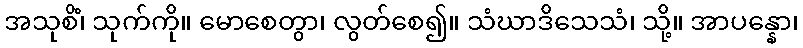
အသုစိံ၊ သုက်ကို။ မောစေတွာ၊ လွတ်စေ၍။ သံဃာဒိသေသံ၊ သို့။ အာပန္နော၊